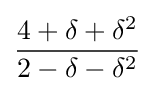
{\frac {4+\delta +\delta ^{2}}{2-\delta -\delta ^{2}}}